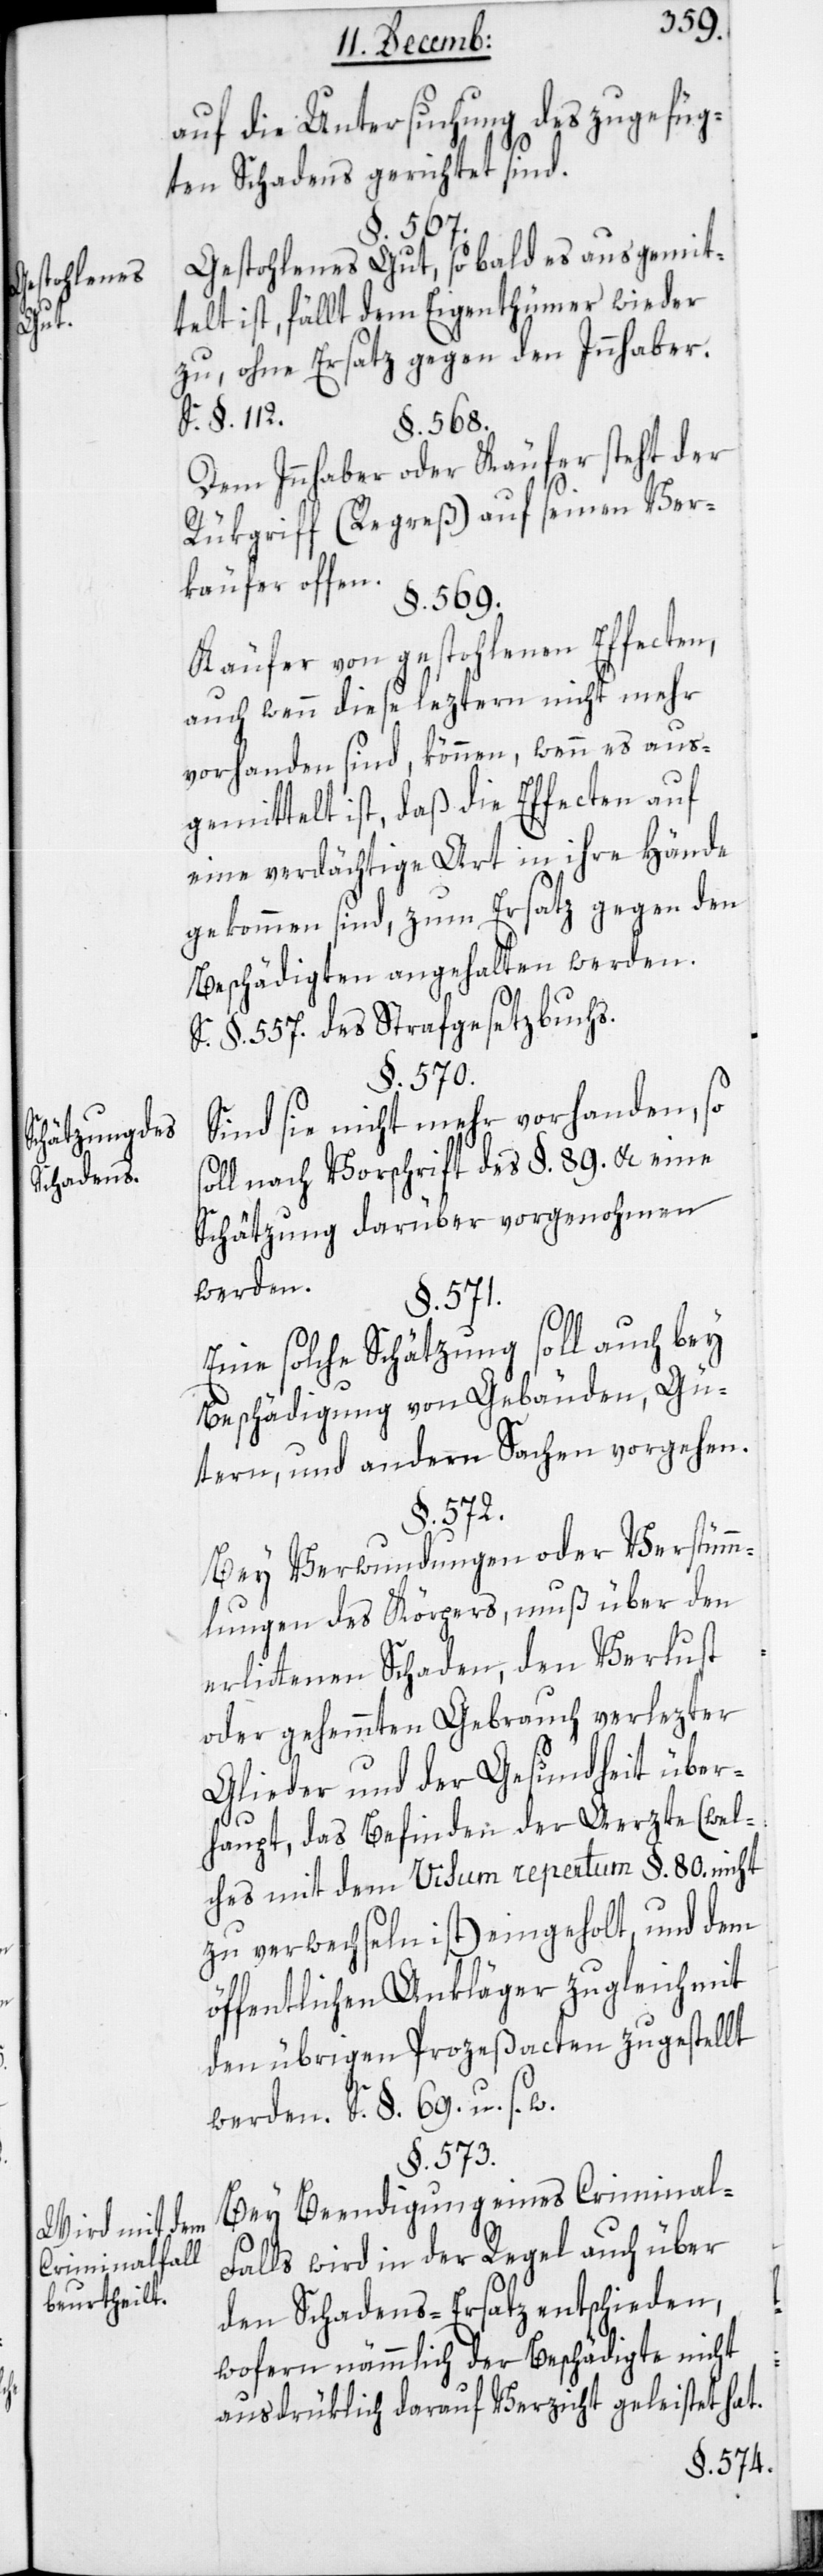
Gestohlenes
Gut.
Schätzung des
Schadens.
Wird mit dem
Criminalfall
beurtheilt.

auf die Untersuchung des zugefüg¬
ten Schadens gerichtet sind.
§. 567.
Gestohlenes Gut, sobald es ausgemit¬
telt ist, fällt dem Eigenthümer wieder
zu, ohne Ersatz gegen den Innhaber.
S. §. 112.
§. 568.
Dem Innhaber oder Käufer steht der
Rükgriff (Regreß) auf seinen Ver¬
käufer offen.
§. 569.
Käufer von gestohlenen Effecten,
auch wenn diese leztern nicht mehr
vorhanden sind, können, wenn es aus¬
gemittelt ist, daß die Effecten auf
eine verdächtige Art in ihre Hände
gekommen sind, zum Ersatz gegen den
Beschädigten angehalten werden.
S. §. 557 des Strafgesetzbuchs.
§. 570.
Sind sie nicht mehr vorhanden, so
soll nach Vorschrift des §. 89. &c. eine
Schätzung darüber vorgenohmen
werden.
§. 571.
Eine solche Schätzung soll auch bey
Beschädigung von Gebäuden, Gü¬
tern und andern Sachen vorgehen.
§. 572.
Bey Verwundungen oder Verstümme¬
lungen des Körpers, muß über den
erlittenen Schaden, den Verlust
oder gehemmten Gebrauch verlezter
Glieder und der Gesundheit über¬
haupt, das Befinden der Aerzte, (wel¬
ches mit dem Visum repertum §. 80. nicht
zu verwechseln ist), eingeholt, und dem
öffentlichen Ankläger zugleich mit
den übrigen Prozeßacten zugestellt
werden. S. §. 69. u. s. w.
§. 573.
Bey Beendigung eines Criminal¬
falls wird in der Regel auch über
den Schadens-Ersatz entschieden,
wofern nämmlich der Beschädigte nicht
ausdrüklich darauf Verzicht geleistet hat.